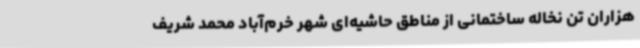
هزاران تن نخاله ساختمانی از مناطق حاشیه‌ای شهر خرم‌آباد محمد شریف